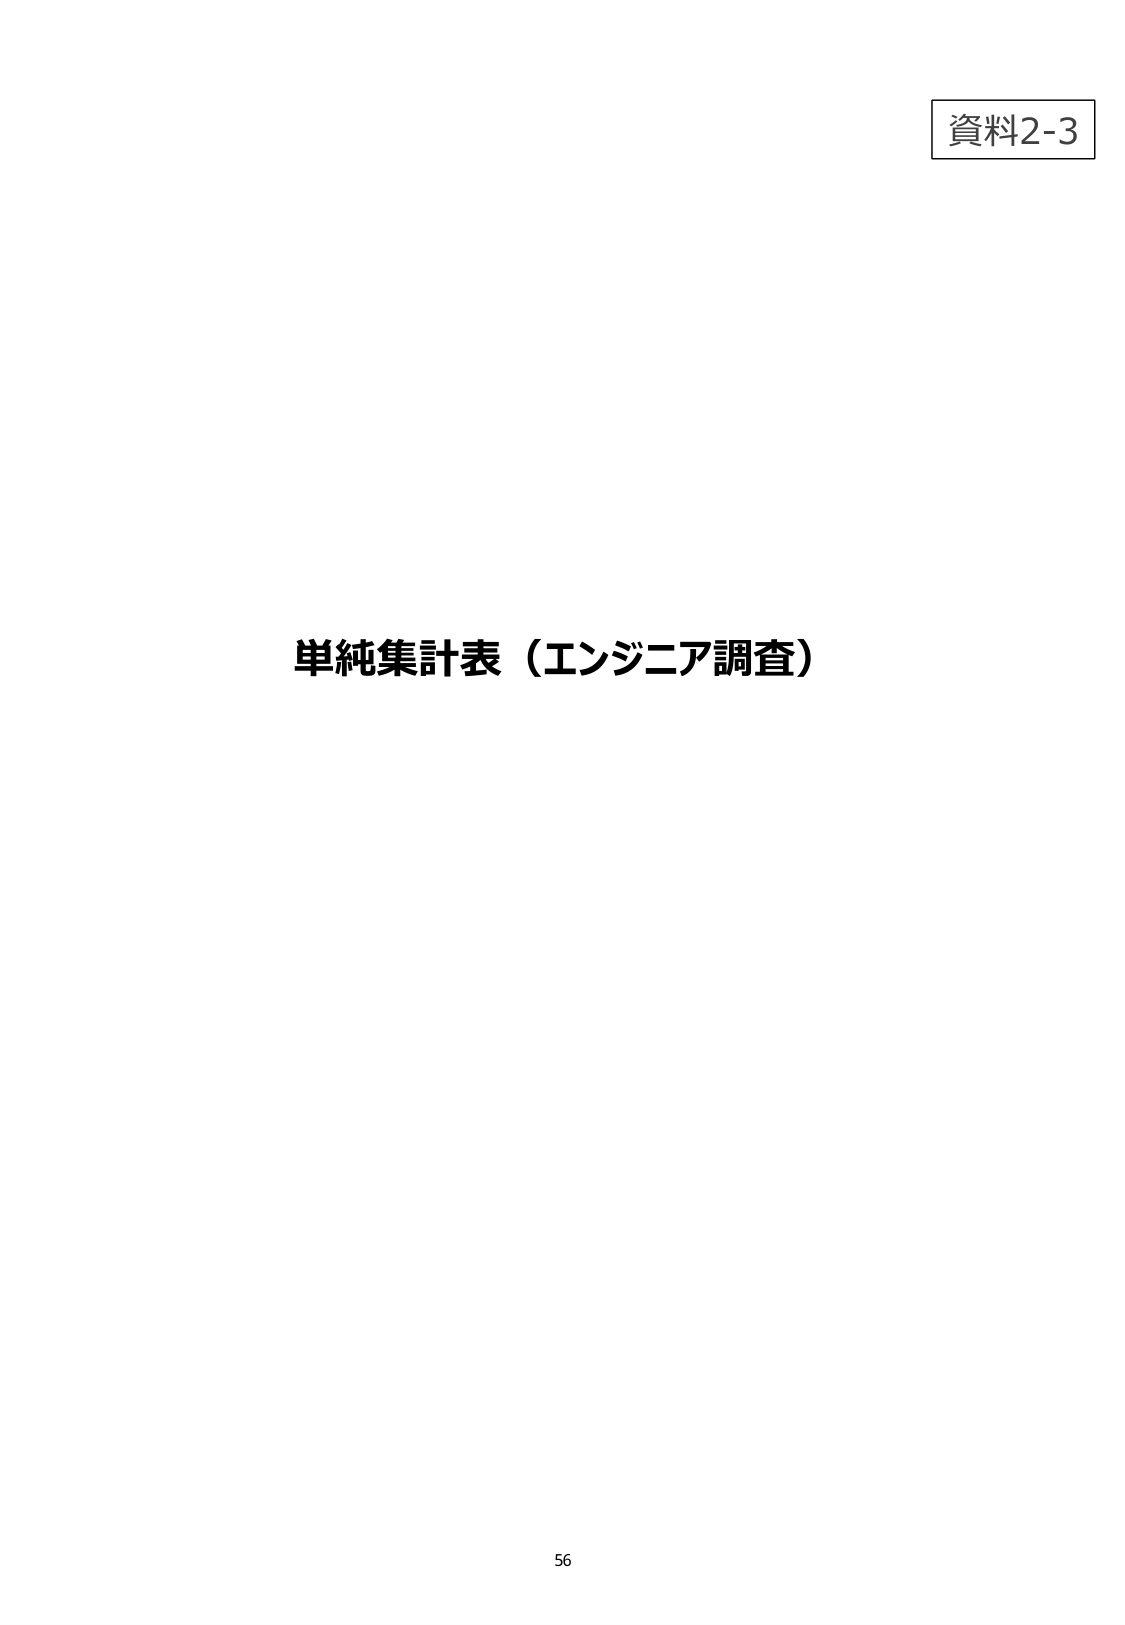
資料2-3
単純集計表（エンジニア調査）
56